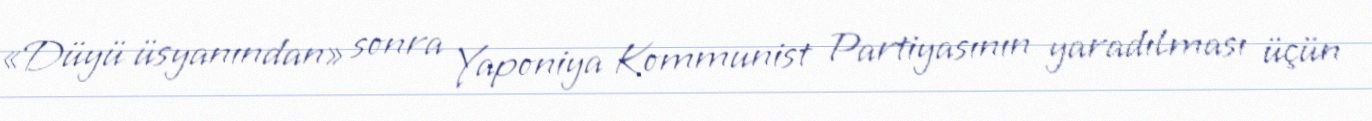
«Düyü üsyanından» sonra Yaponiya Kommunist Partiyasının yaradılması üçün